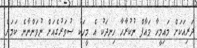
ދަރިއަކަށް މައިމީހާ މައާފް ނުކުރާހާ ހިނދަކު އެ މީހަކު ސުވަރުގެއަށް ނުވަންނާނެ ކަމަށް